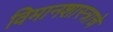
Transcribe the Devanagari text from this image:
विमानशास्त्राचे